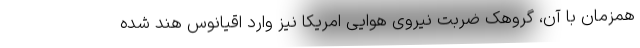
همزمان با آن، گروهک ضربت نیروی هوایی امریکا نیز وارد اقیانوس هند شده